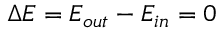
\Delta E = E _ { o u t } - E _ { i n } = 0